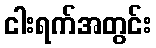
ငါးရက်အတွင်း